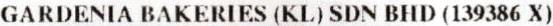
GARDENIA BAKERIES (KL) SDN BHD (139386 X)